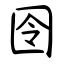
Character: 囹